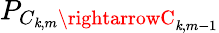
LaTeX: P_{C_{\mathit{k},m}\rightarrowC_{\mathit{k},m-1}}